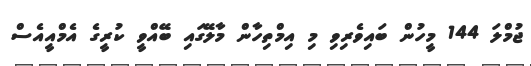
ޖުމްލަ 144 މީހުން ބައިވެރިވި މި އިމްތިހާން މާލޭގައި ބޭއްވީ ކުރީގެ އެމްއީއެސް